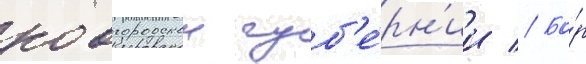
новгородскои губ'е́рн'ии // Бо́р